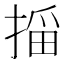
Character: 𫽠